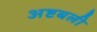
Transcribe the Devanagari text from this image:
अष्टबली